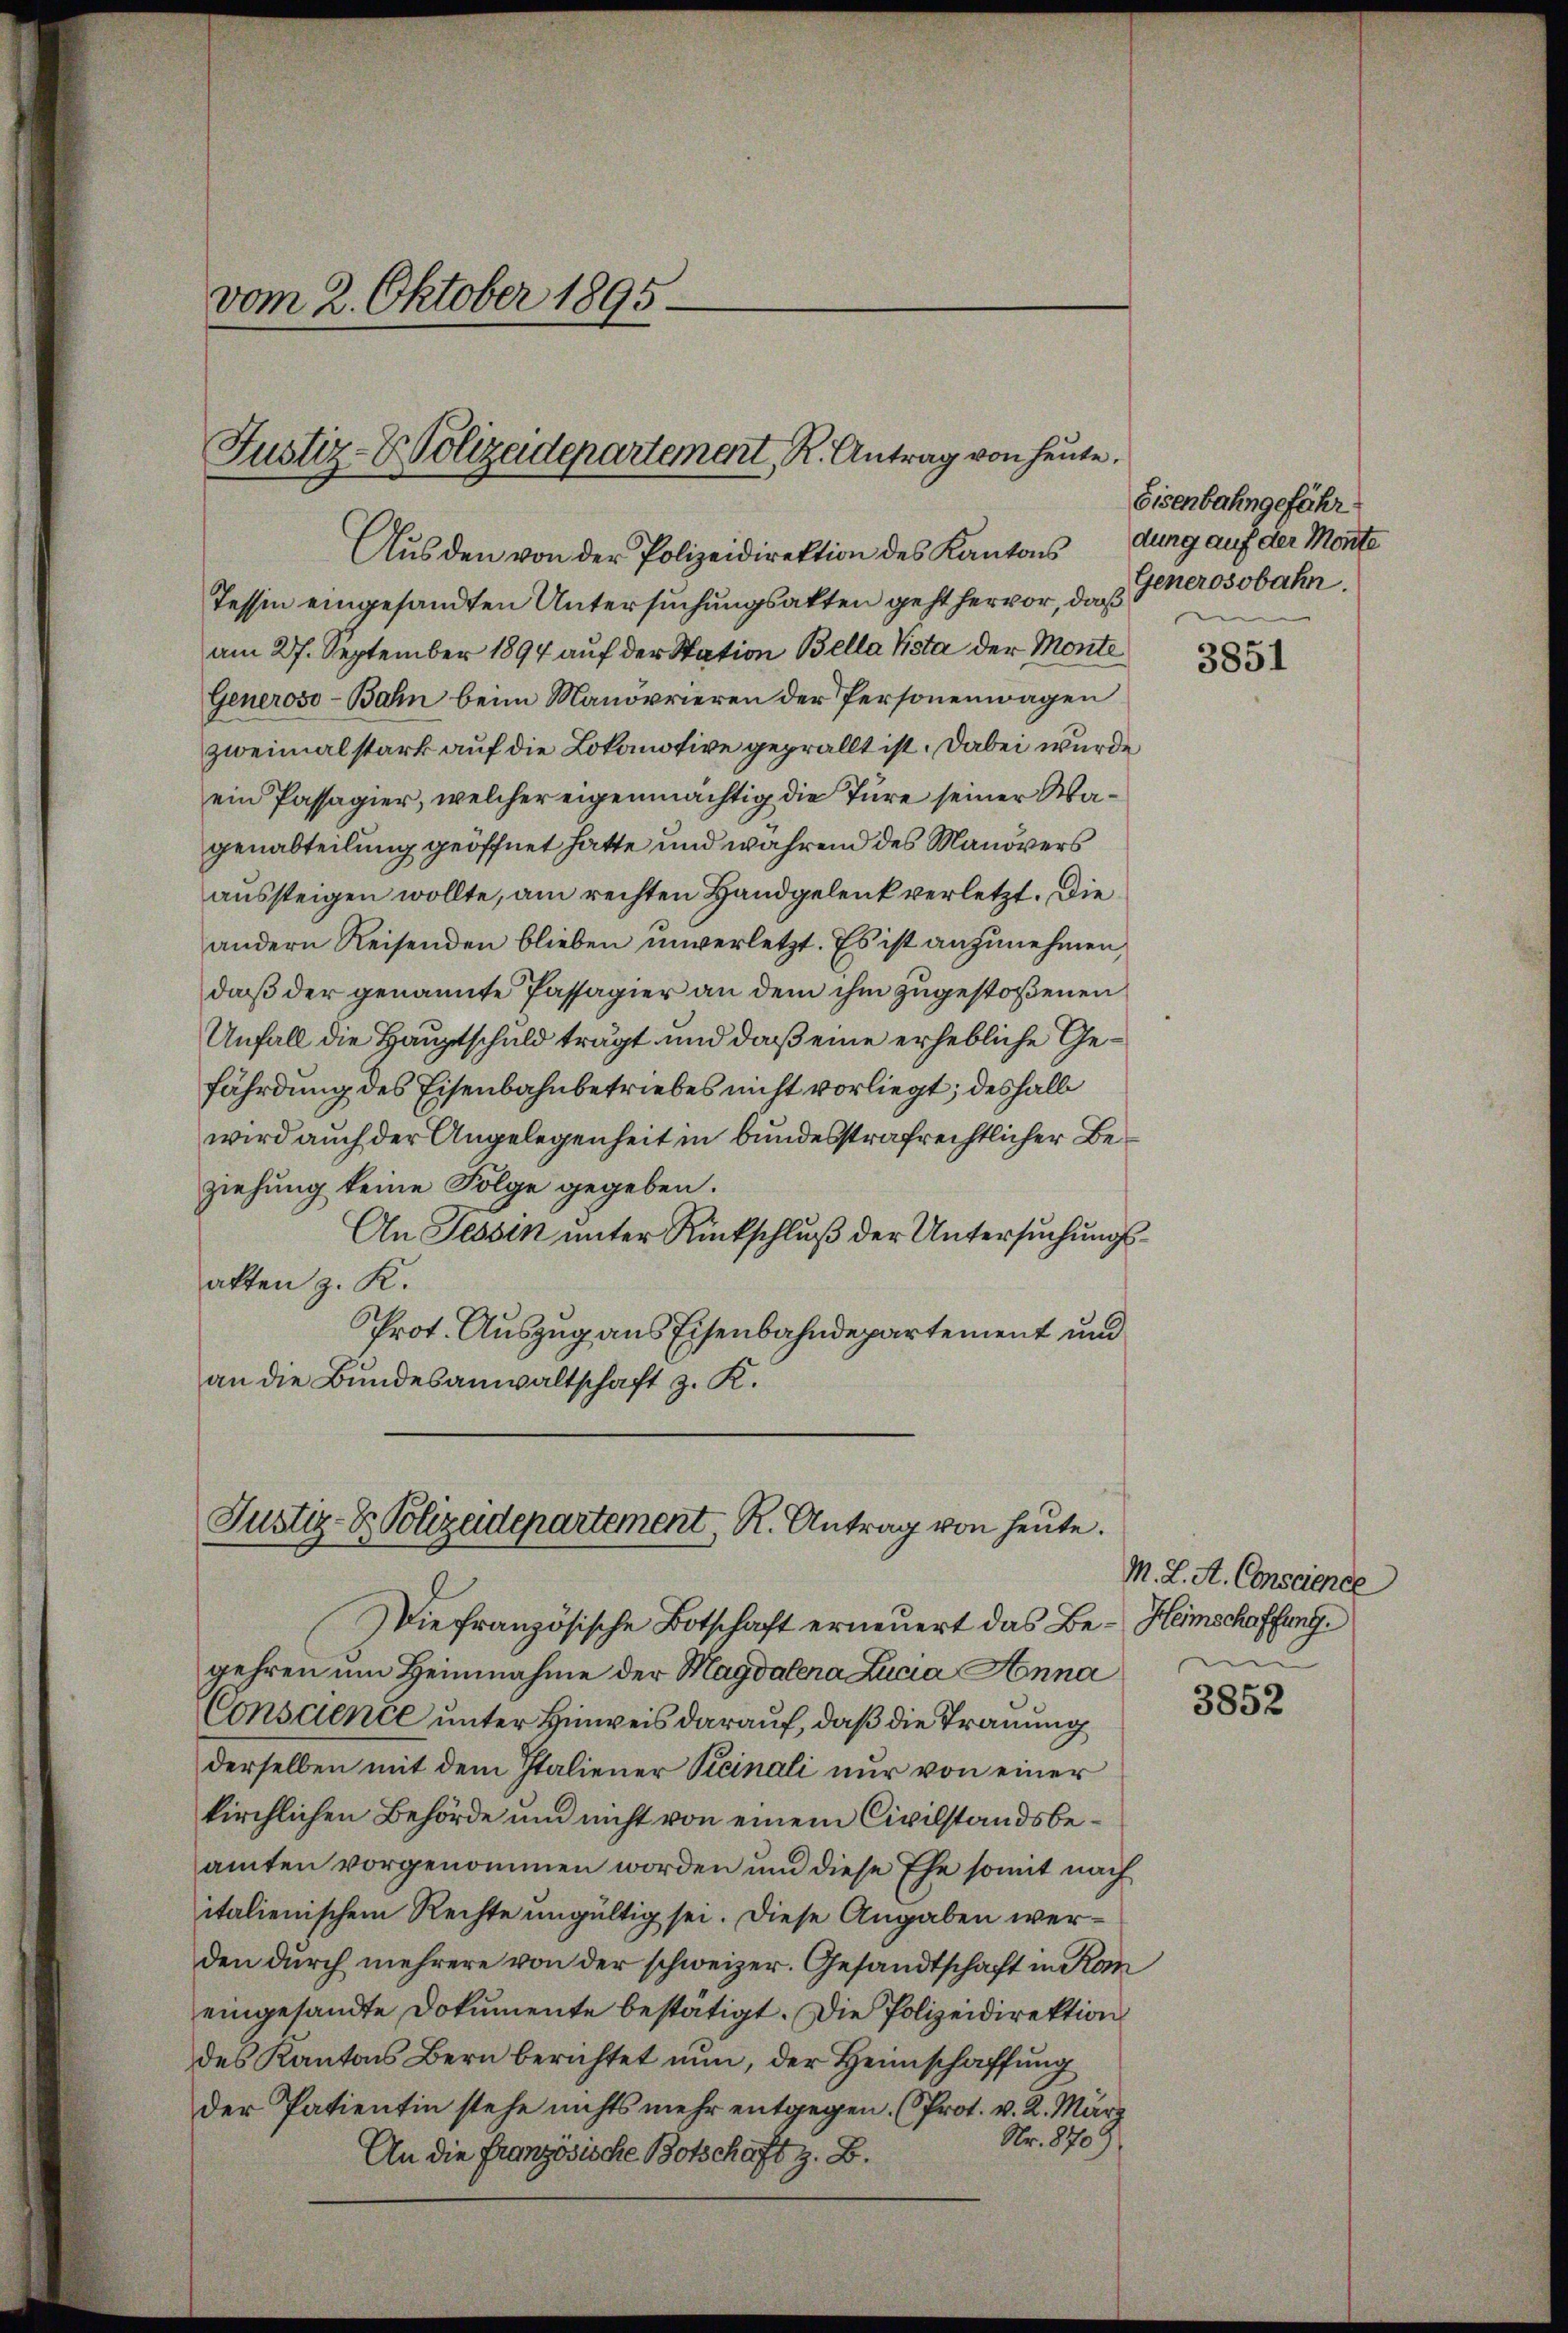
vom 2. Oktober 1895

Justiz- & Polizeidepartement, R. Antrag von heute.

Aus den von der Polizeidirektion des Kantons
Tessin eingesandten Untersuchungsakten geht hervor, daß
am 27. September 1894 auf der Station Bella Pista der Monte
Generoso-Bahn beim Manorrieren der Personenwagen
zweimal stark auf die Lokomotive geprällt ist. Dabei wurde
ein Passagier, welcher eigenmächtig die Türe seiner Wagenabteilung geöffnet hatte und während des Manövers
aussteigen wollte, am rechten Handgelenk verletzt. Die
andern Reisenden blieben unverletzt. Es ist anzunehmen,
daß der genannte Passagier an dem ihm zugestoßenen
Unfall die Hauptschuld trägt und daß eine erhebliche Gefährdung des Eisenbahnbetriebes nicht vorliegt; deshalb
wird auch der Angelegenheit in bundesstrafrechtlicher Beziehung keine Folge gegeben.
An Tessin unter Rückschluß der Untersuchungsakten z. K.
Prot. Auszug aus Eisenbahndepartement und
an die Bundesanwaltschaft z. K.

Justiz- & Polizeidepartement, R. Antrag von heute.

Die französische Botschaft erneuert das Be- Heimschaffung.
gehren um Heimahme der Magdalena Lucia Anna
Conscience unter Hinweis darauf, daß die Trauung
derselben mit dem Italiener Vicinali nur von einer
kirchlichen Behörde und nicht von einem Civilstandsbeamten vorgenommen worden und diese Ehe somit nach
italienischem Rechte ungültig sei. Diese Angaben werden durch mehrere von der schweizer. Gesandtschaft in Kan
eingesandte Dokumente bestätigt. Die Polizeidirektion
des Kantons Bern berichtet nun, der Heimschaffung
der Patientin stehe nichts mehr entgegen. (Prot. v. 2. März
Nr. 8709
An die Französische Botschaft z. B.

Eisenbahngefähr
dung auf der Monte
Generosobahn.

3851

M. L. A. Conscience

3852